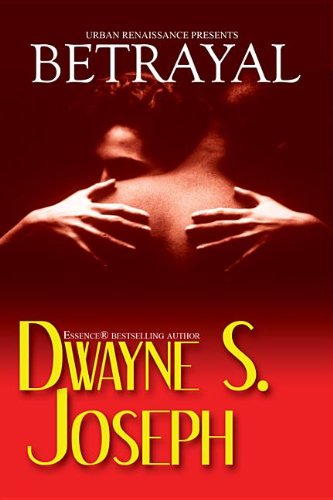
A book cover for Betrayal (Urban Books); Dwayne S. Joseph; Mystery, Thriller & Suspense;